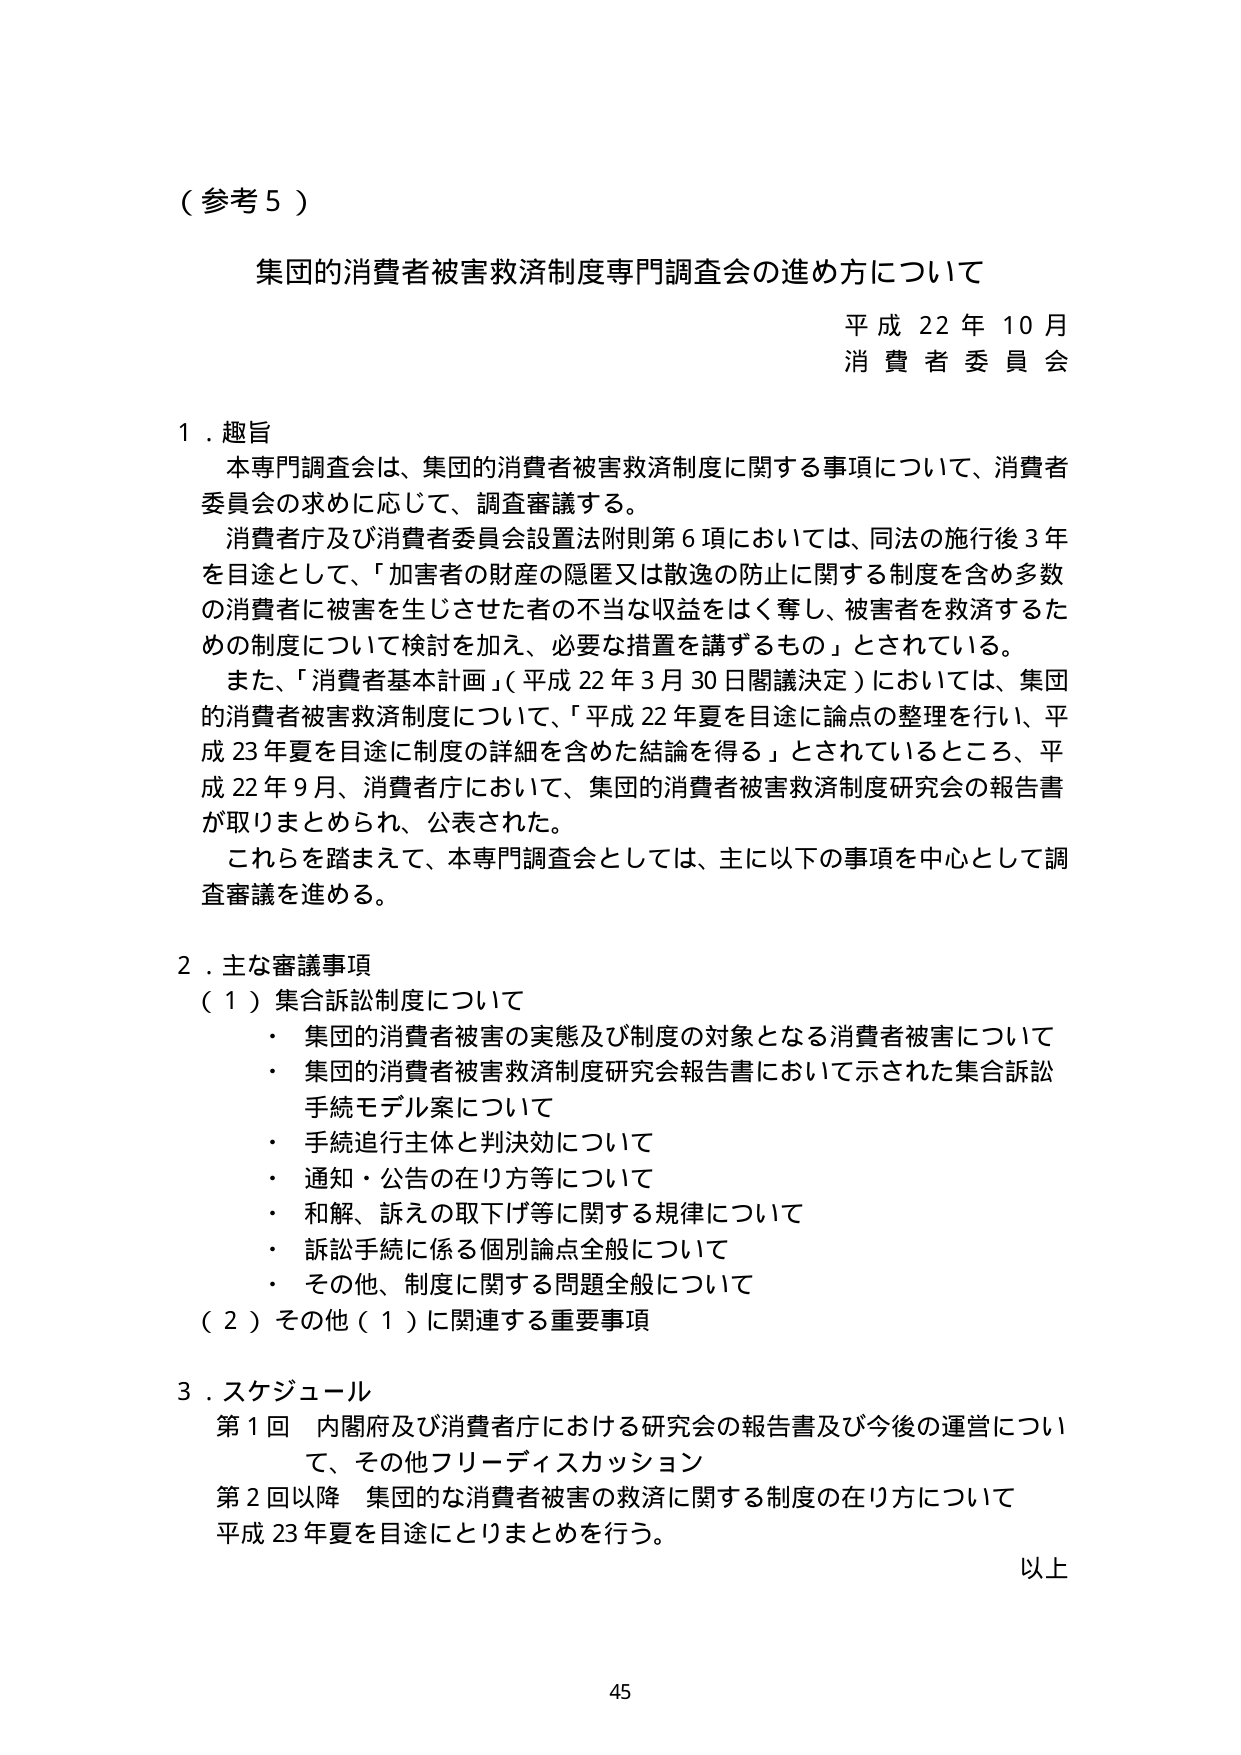
（参考５）

集団的消費者被害救済制度専門調査会の進め方について

平成22年10月
消費者委員会

１．趣旨
本専門調査会は、集団的消費者被害救済制度に関する事項について、消費者委員会の求めに応じて、調査審議する。
消費者庁及び消費者委員会設置法附則第６項においては、同法の施行後３年を目途として、「加害者の財産の隠匿又は散逸の防止に関する制度を含め多数の消費者に被害を生じさせた者の不当な収益をはく奪し、被害者を救済するための制度について検討を加え、必要な措置を講ずるもの」とされている。
また、「消費者基本計画」（平成22年3月30日閣議決定）においては、集団的消費者被害救済制度について、「平成22年夏を目途に論点の整理を行い、平成23年夏を目途に制度の詳細を含めた結論を得る」とされているところ、平成22年9月、消費者庁において、集団的消費者被害救済制度研究会の報告書が取りまとめられ、公表された。
これらを踏まえて、本専門調査会としては、主に以下の事項を中心として調査審議を進める。

２．主な審議事項
（１）集合訴訟制度について
・ 集団的消費者被害の実態及び制度の対象となる消費者被害について
・ 集団的消費者被害救済制度研究会報告書において示された集合訴訟手続モデル案について
・ 手続追行主体と判決効について
・ 通知・公告の在り方等について
・ 和解、訴えの取下げ等に関する規律について
・ 訴訟手続に係る個別論点全般について
・ その他、制度に関する問題全般について
（２）その他（１）に関連する重要事項

３．スケジュール
第１回 内閣府及び消費者庁における研究会の報告書及び今後の運営について、その他フリーディスカッション
第２回以降 集団的な消費者被害の救済に関する制度の在り方について平成23年夏を目途にとりまとめを行う。

以上

45